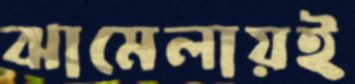
ঝামেলায়ই